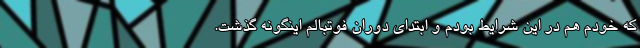
که خودم هم در این شرایط بودم و ابتدای دوران فوتبالم اینگونه گذشت.